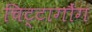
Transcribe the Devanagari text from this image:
चिट्टागौंग